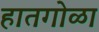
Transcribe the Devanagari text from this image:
हातगोळा